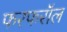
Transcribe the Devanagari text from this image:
फरफरॉल